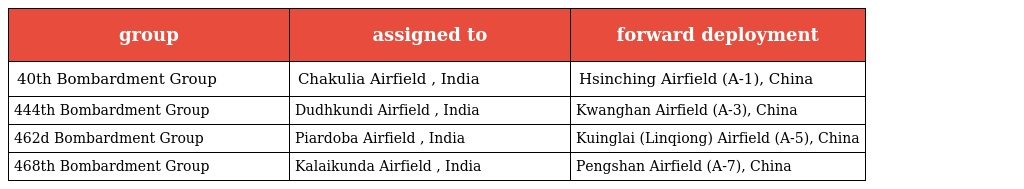
| group | assigned to | forward deployment |
 | --- | --- | --- |
 | 40th Bombardment Group | Chakulia Airfield , India | Hsinching Airfield (A-1), China |
 | 444th Bombardment Group | Dudhkundi Airfield , India | Kwanghan Airfield (A-3), China |
 | 462d Bombardment Group | Piardoba Airfield , India | Kuinglai (Linqiong) Airfield (A-5), China |
 | 468th Bombardment Group | Kalaikunda Airfield , India | Pengshan Airfield (A-7), China |